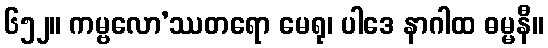
၆၅၂။ ကမ္ဗလော’ဿတရော မေရု၊ ပါဒေ နာဂါထ ဓမ္မနီ။